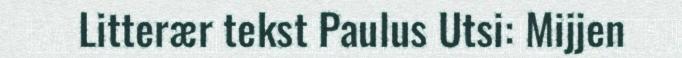
Litterær tekst Paulus Utsi: Mijjen